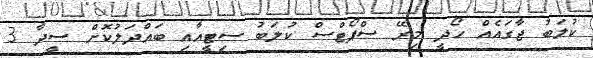
ކުލަބު ޖާގައެއް ހޯދީ މިރޭ ސްޕޯޓްސް ކުލަބު ސިޓީއާއި ބައްދަލުކޮށް ސީދާ 3